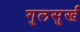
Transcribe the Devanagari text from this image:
गुलसुर्ख